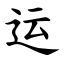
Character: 运